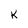
Character: K